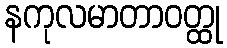
နကုလမာတာဝတ္ထု